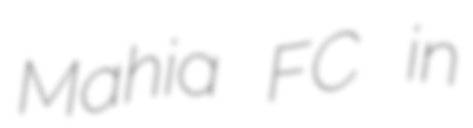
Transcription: Mahia FC in